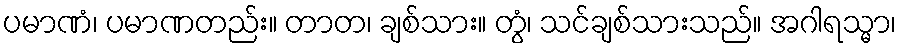
ပမာဏံ၊ ပမာဏတည်း။ တာတ၊ ချစ်သား။ တွံ၊ သင်ချစ်သားသည်။ အဂါရသ္မာ၊